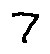
7